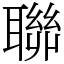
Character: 聯